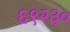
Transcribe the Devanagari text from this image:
६९२३०